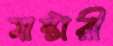
মাস্টারী